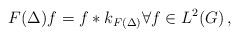
LaTeX: \begin{align*}F(\Delta) f = f * k_{F(\Delta)} \forall f \in L^2(G)\,,\end{align*}